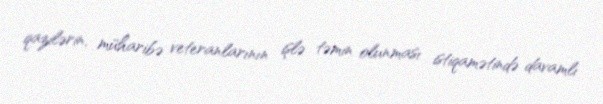
qazilərin, müharibə veteranlarının işlə təmin olunması istiqamətində davamlı